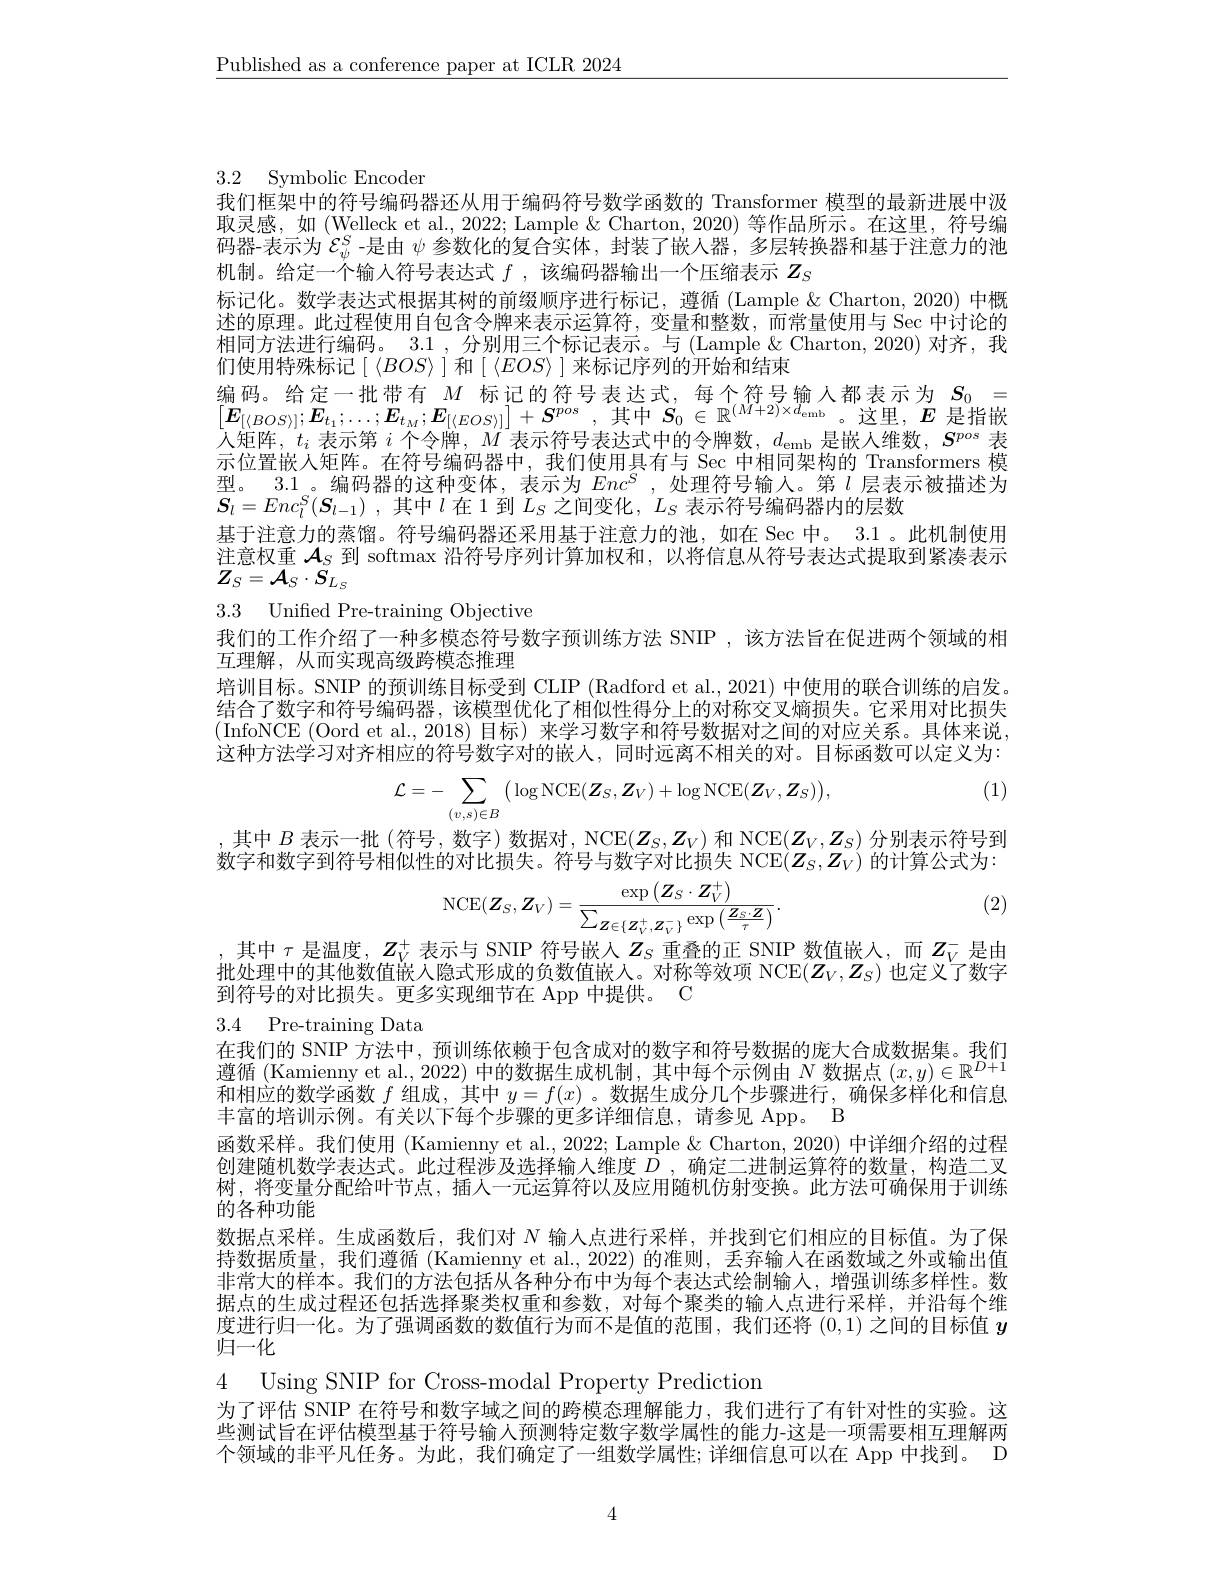
$\underline{\text{Published as a conference paper at ICLR 2024}}$

# 3.2 Symbolic Encoder
我们框架中的符号编码器还从用于编码符号数学函数的 Transformer 模型的最新进展中汲

取灵感，如 (Welleck et al., 2022; Lample & Charton, 2020) 等作品所示。在这里，符号编码器-表示为$\mathcal{E}_\psi^S$ -是由 $\psi$ 参数化的复合实体，封装了嵌人器，多层转换器和基于注意力的池机制。给定一个输入符号表达式$f$ ,该编码器输出一个压缩表示$Z_S$
标记化。数学表达式根据其树的前缀顺序进行标记，遵循 (Lample &Charton, 2020) 中概述的原理。此过程使用自包含令牌来表示运算符，变量和整数，而常量使用与 Sec 中讨论的相同方法进行编码。3.1 , 分别用三个标记表示。与 (Lample & Charton, 2020) 对齐，我们使用特殊标记$[\langle BOS\rangle]$ 和$[\langle EOS\rangle]$ 来标记序列的开始和结束
$\begin{array}{ll}\text{编码。给定一批带有 }M\text{ 标记的符号表达式，每个符号输入都表示为}&S_{0}=\\[E_{[\langle BOS\rangle];E_{t_1};\ldots;E_{t_M};E_{[(EOS\rangle]]}+S^{pos},\text{其中 }S_{0}\in\mathbb{R}^{(M+2)\times d_{\mathrm{emb}}}。这里，E\end{array}\text{是指嵌}}\\\left[E_{[\langle BOS\rangle];E_{t_1};\ldots;E_{t_M};E_{[(EOS\rangle]]}+S^{pos},\text{其中 }S_{0}\in\mathbb{R}^{(M+2)\times d_{\mathrm{emb}}}。\text{这里，}E\text{ 是指嵌}}\\\hline\left[E_{[\langle$ 人矩阵，$t_i$表示第$i$个令牌，$M$表示符号表达式中的令牌数，$d_\mathrm{emb}$是嵌人维数，$S^pos$表示位置嵌人矩阵。在符号编码器中，我们使用具有与 Sec 中相同架构的 Transformers 模型。3.1 。编码器的这种变体，表示为$Enc^S$ ,处理符号输人。第$l$层表示被描述为$\boldsymbol{S}_l= Enc_l^S( \boldsymbol{S}_{l- 1})$ ,其中$l$在 1 到$L_S$之间变化$,L_S$表示符号编码器内的层数
基于注意力的蒸馏。符号编码器还采用基于注意力的池，如在 Sec 中。3.1 。此机制使用注意权重$\mathcal{A}_S$到 softmax 沿符号序列计算加权和，以将信息从符号表达式提取到紧凑表示$\overline{Z}_{S}=\overline{{\mathcal A}}_{S}\cdot\widetilde{{\mathcal S}}_{L_{S}}$
3.3 Unifed Pre-training Objective
我们的工作介绍了一种多模态符号数字预训练方法 SNIP ,该方法旨在促进两个领域的相
互理解，从而实现高级跨模态推理
培训目标。SNIP 的预训练目标受到 CLIP (Radford et al., 2021) 中使用的联合训练的启发。结合了数字和符号编码器，该模型优化了相似性得分上的对称交叉熵损失。它采用对比损失(InfoNCE (Oord et al.,2018)目标)来学习数字和符号数据对之间的对应关系。具体来说， 这种方法学习对齐相应的符号数字对的嵌人，同时远离不相关的对。目标函数可以定义为：
(1)
$$\mathcal{L}=-\sum\limits_{(v,s)\in B}\big(\log\mathrm{NCE}(\boldsymbol{Z}_{S},\boldsymbol{Z}_{V})+\log\mathrm{NCE}(\boldsymbol{Z}_{V},\boldsymbol{Z}_{S})\big),$$
,其中$B$表示一批 (符号，数字) 数据对，NCE$(\boldsymbol{Z}_S,\boldsymbol{Z}_V)$和 NCE$(\boldsymbol{Z}_V,\boldsymbol{Z}_S)$分别表示符号到数字和数字到符号相似性的对比损失。符号与数字对比损失 NCE$(Z_S,Z_V)$的计算公式为：
$$\mathrm{NCE}(\boldsymbol{Z}_{S},\boldsymbol{Z}_{V})=\frac{\exp\left(\boldsymbol{Z}_{S}\cdot\boldsymbol{Z}_{V}^{+}\right)}{\sum_{\boldsymbol{Z}\in\{\boldsymbol{Z}_{V}^{+},\boldsymbol{Z}_{V}^{-}\}}\exp\left(\frac{\boldsymbol{Z}_{S}\cdot\boldsymbol{Z}}{\tau}\right)}.$$
(2)

,其中$\tau$是温度，$Z_V^+$表示与 SNIP 符号嵌人$Z_S$重叠的正 SNIP 数值嵌入，而$Z_V^-$是由批处理中的其他数值嵌人隐式形成的负数值嵌人。对称等效项 NCE$(Z_V,Z_S)$也定义了数字到符号的对比损失。更多实现细节在 App 中提供。C

# 3.4 Pre-training Data
在我们的 SNIP 方法中，预训练依赖于包含成对的数字和符号数据的庞大合成数据集。我们

遵循 (Kamienny et al., 2022) 中的数据生成机制，其中每个示例由$N$数据点$(x,y)\in\mathbb{R}^D+1$ 和相应的数学函数$f$组成，其中$y=f(x)$ 。数据生成分几个步骤进行，确保多样化和信息丰富的培训示例。有关以下每个步骤的更多详细信息，请参见 App。B
函数采样。我们使用 (Kamienny et al., 2022; Lample & Charton, 2020) 中详细介绍的过程创建随机数学表达式。此过程涉及选择输人维度$D$,确定二进制运算符的数量，构造二叉树，将变量分配给叶节点，插人一元运算符以及应用随机仿射变换。此方法可确保用于训练的各种功能
数据点采样。生成函数后，我们对$N$输入点进行采样，并找到它们相应的目标值。为了保持数据质量，我们遵循 (Kamienny et al., 2022) 的准则，丢弃输入在函数域之外或输出值非常大的样本。我们的方法包括从各种分布中为每个表达式绘制输入，增强训练多样性。数据点的生成过程还包括选择聚类权重和参数，对每个聚类的输入点进行采样，并沿每个维度进行归一化。为了强调函数的数值行为而不是值的范围，我们还将(0,1)之间的目标值$y$ 归一化

4 Using SNIP for Cross-modal Property Prediction
为了评估 SNIP 在符号和数字域之间的跨模态理解能力，我们进行了有针对性的实验。这些测试旨在评估模型基于符号输人预测特定数字数学属性的能力-这是一项需要相互理解两个领域的非平凡任务。为此，我们确定了一组数学属性；详细信息可以在 App 中找到。D

4